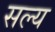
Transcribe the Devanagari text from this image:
सल्य